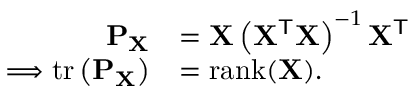
{ \begin{array} { r l } { \mathbf { P } _ { \mathbf { X } } } & { = \mathbf { X } \left( \mathbf { X } ^ { \mathsf { T } } \mathbf { X } \right) ^ { - 1 } \mathbf { X } ^ { \mathsf { T } } } \\ { \Longrightarrow \operatorname { t r } \left( \mathbf { P } _ { \mathbf { X } } \right) } & { = \operatorname { r a n k } ( \mathbf { X } ) . } \end{array} }